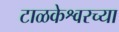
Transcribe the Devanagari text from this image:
टाळकेश्वरच्या